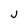
Character: j